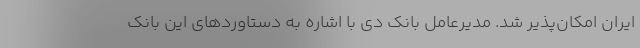
ایران امکان‌پذیر شد. مدیرعامل بانک دی با اشاره به دستاوردهای این بانک